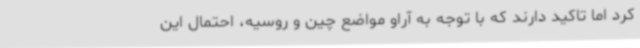
کرد اما تاکید دارند که با توجه به آراو مواضع چین و روسیه، احتمال این